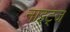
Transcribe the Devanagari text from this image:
नाइट्ज